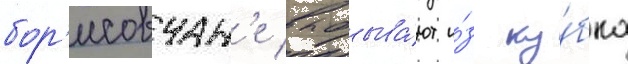
бор'исовчан'е выбыва́ют и́з ку́бка